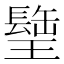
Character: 𤪈